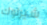
شيرلوك